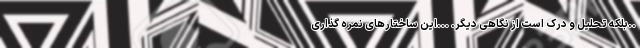
..بلکه تحلیل و درک است از نگاهی دیگر. ...این ساختارهای نمره گذاری